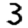
Digit: 3